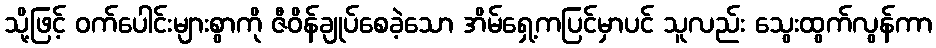
သို့ဖြင့် ဝက်ပေါင်းများစွာကို ဇီဝိန်ချုပ်စေခဲ့သော အိမ်ရှေ့ကပြင်မှာပင် သူလည်း သွေးထွက်လွန်ကာ